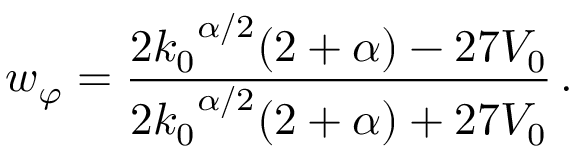
w _ { \varphi } = \frac { 2 { k _ { 0 } } ^ { \alpha / 2 } ( 2 + \alpha ) - 2 7 V _ { 0 } } { 2 { k _ { 0 } } ^ { \alpha / 2 } ( 2 + \alpha ) + 2 7 V _ { 0 } } \, .